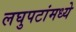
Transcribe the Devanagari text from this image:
लघुपटांमध्ये